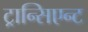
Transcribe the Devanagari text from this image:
ट्रान्सिएन्ट